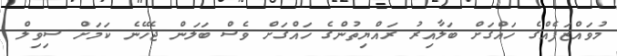
މުވައްޒަފެއްގެ ހައްގަށް ބަލާއިރު ރައްޔިތުންގެ ހައްގަށް ވެސް ބަލަން ޖެހޭނެ ކަމަށް ސިވިލް